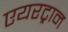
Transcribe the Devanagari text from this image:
एयरट्रान